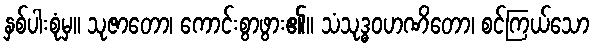
နှစ်ပါးစုံမှ။ သုဇာတော၊ ကောင်းစွာဖွား၏။ သံသုဒ္ဓဝဟဏိတော၊ စင်ကြယ်သော